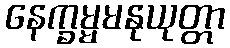
နေက္ခမ္မမနုယုတ္တာ